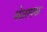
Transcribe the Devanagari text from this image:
मेळापक